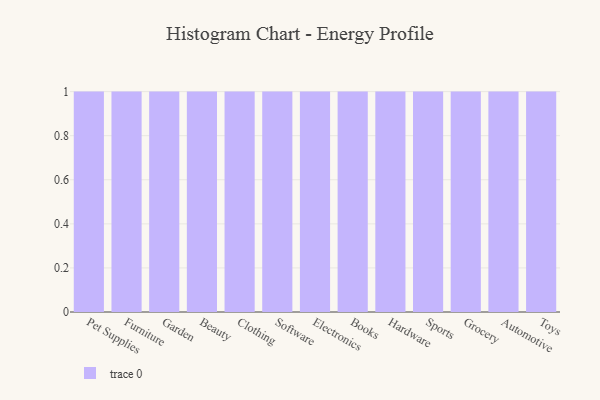
{"axis": {"x": "Category", "y": "Shipments"}, "legend": [""], "data": [{"x": "Pet Supplies", "y": 38, "type": ""}, {"x": "Furniture", "y": 11, "type": ""}, {"x": "Garden", "y": 87, "type": ""}, {"x": "Beauty", "y": 67, "type": ""}, {"x": "Clothing", "y": 86, "type": ""}, {"x": "Software", "y": 60, "type": ""}, {"x": "Electronics", "y": 95, "type": ""}, {"x": "Books", "y": 95, "type": ""}, {"x": "Hardware", "y": 95, "type": ""}, {"x": "Sports", "y": 95, "type": ""}, {"x": "Grocery", "y": 43, "type": ""}, {"x": "Automotive", "y": 49, "type": ""}, {"x": "Toys", "y": 50, "type": ""}]}